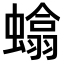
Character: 𫋞